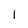
Character: I